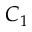
C _ { 1 }